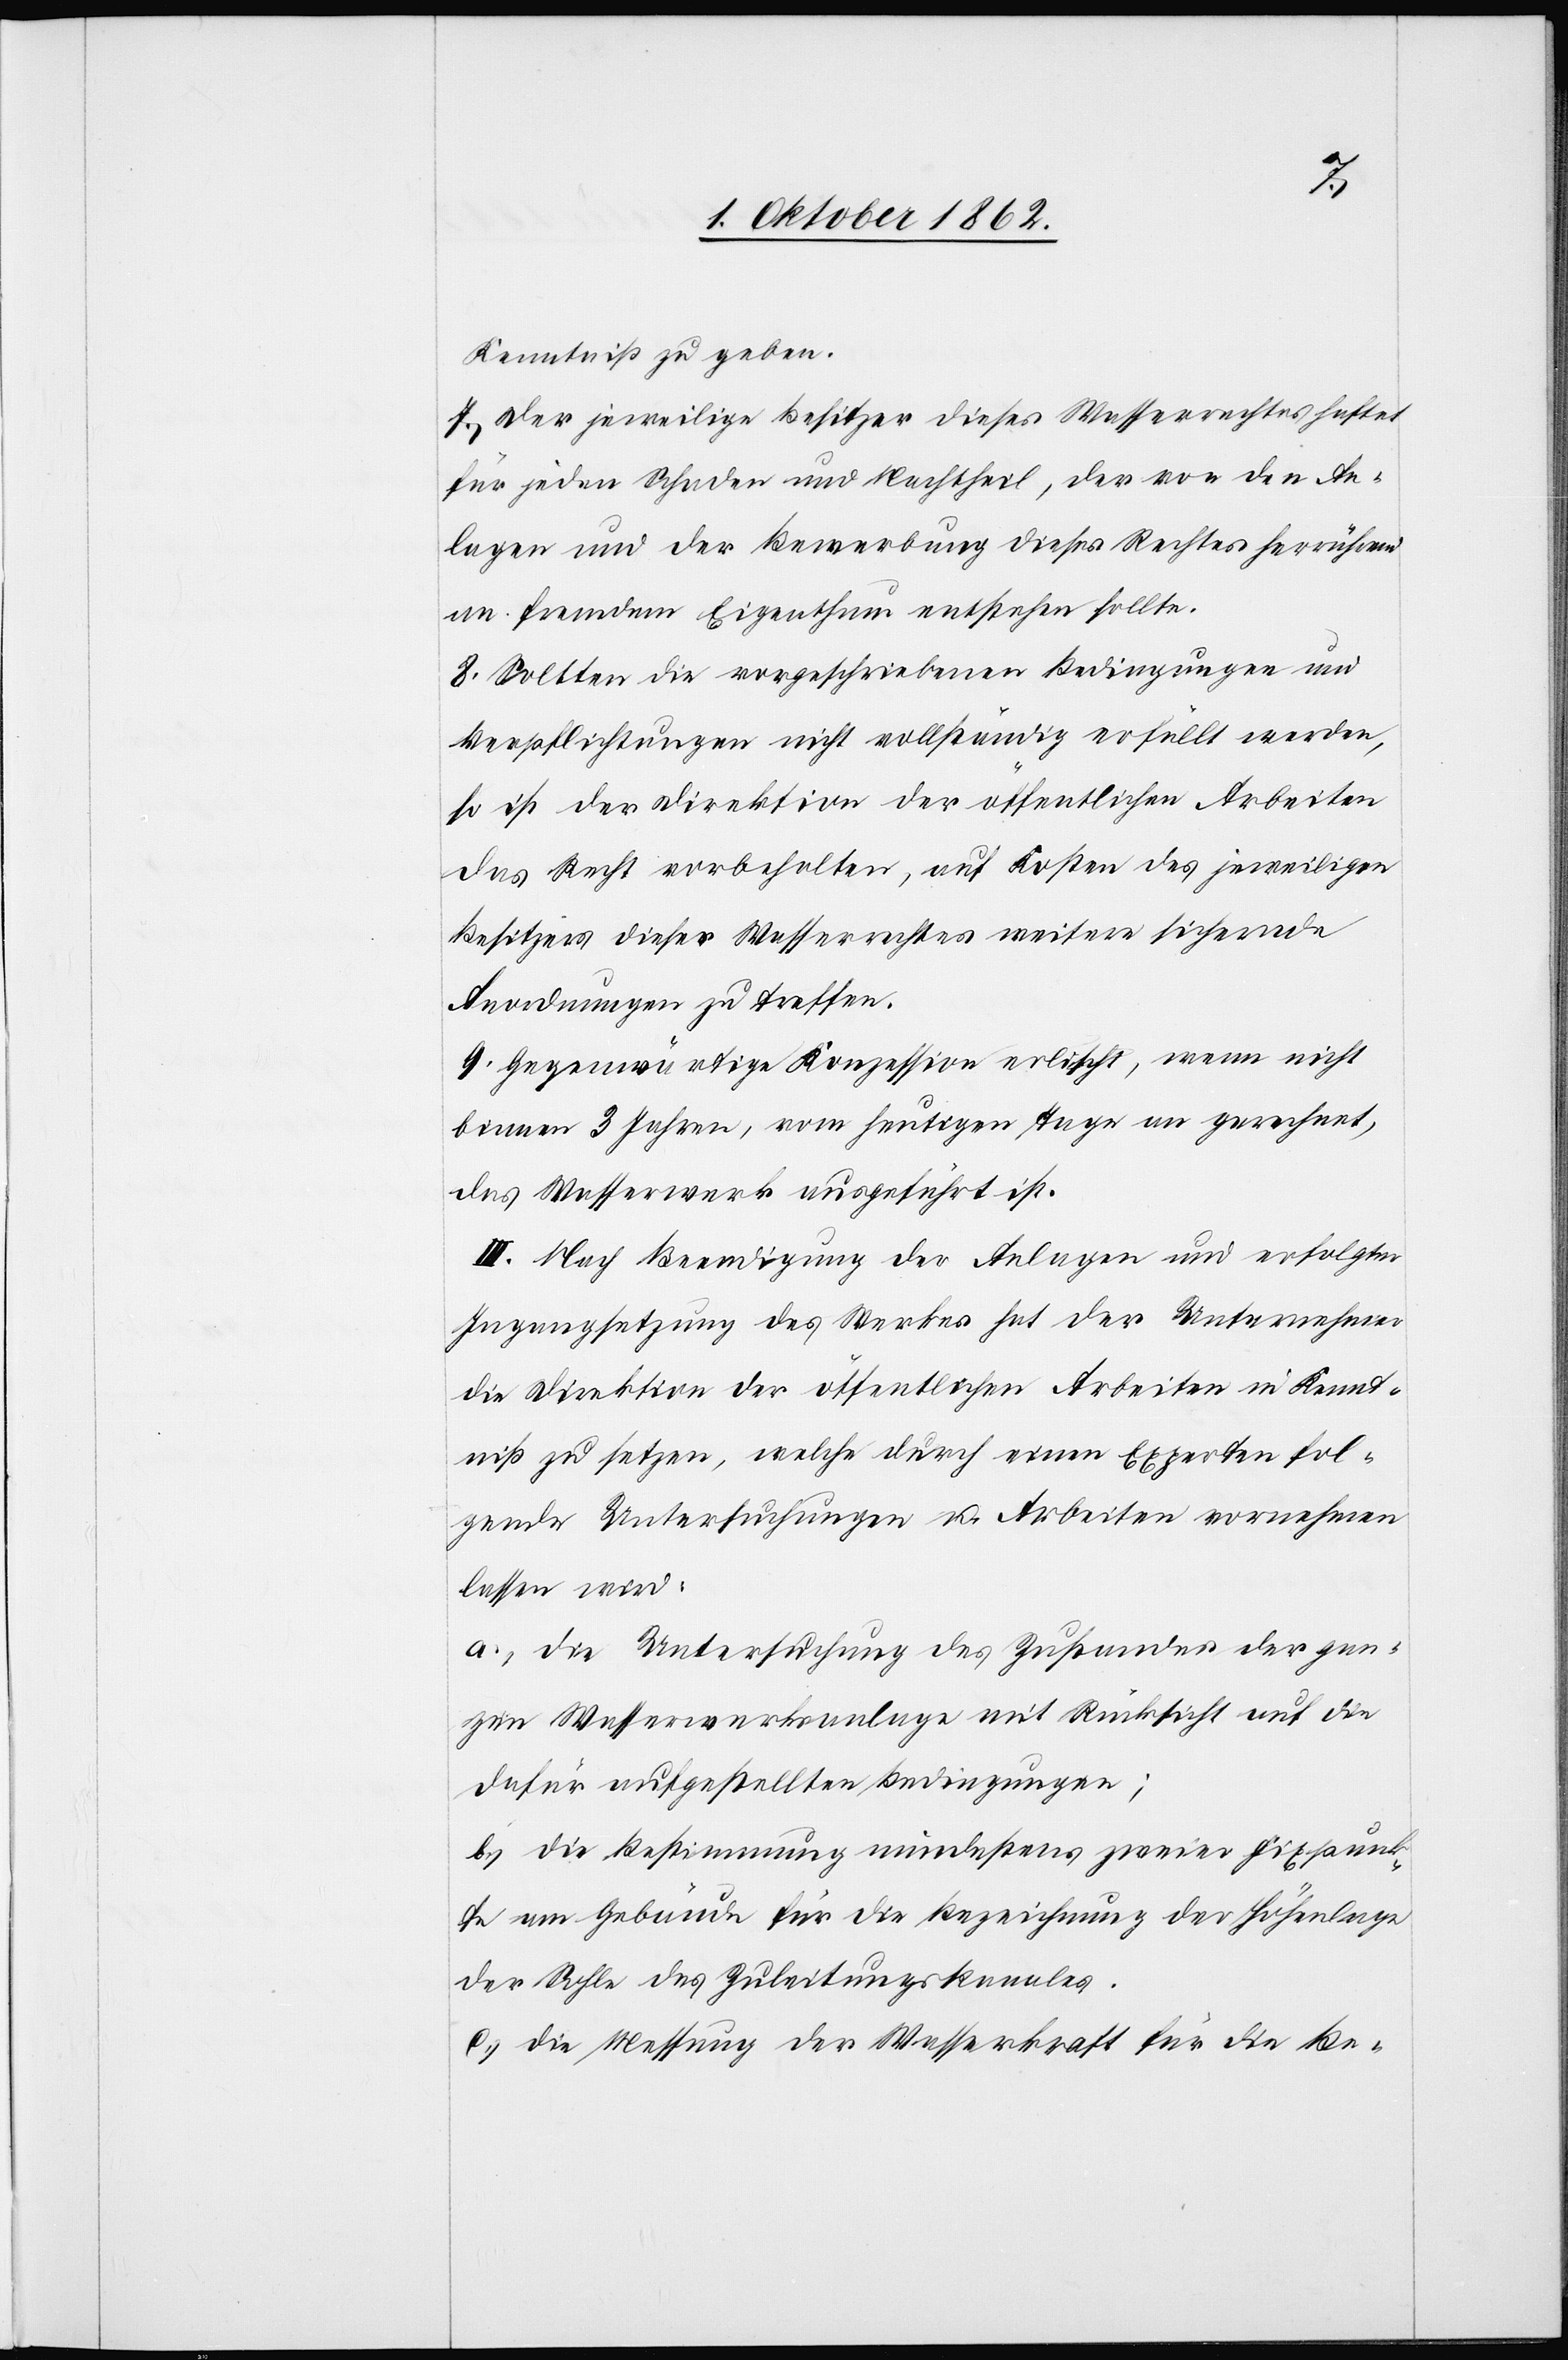
Kenntniß zu geben.
7. Der jeweilige Besitzer dieses Wasserrechtes haftet
für jeden Schaden und Nachtheil, der von den An¬
lagen und der Bewerbung dieses Rechtes herrührend
an fremdem Eigenthum entstehen sollte.
8. Sollten die vorgeschriebenen Bedingungen und
Verpflichtungen nicht vollständig erfüllt werden,
so ist der Direktion der öffentlichen Arbeiten
das Recht vorbehalten, auf Kosten des jeweiligen
Besitzers dieses Wasserrechtes weitere sichernde
Anordnungen zu treffen.
9. Gegenwärtige Konzession erlischt, wenn nicht
binnen 3 Jahren, vom heutigen Tage an gerechnet,
das Wasserwerk ausgeführt ist.
III. Nach Beendigung der Anlagen und erfolgter
Ingangsetzung des Werkes hat der Unternehmer
die Direktion der öffentlichen Arbeiten in Kennt¬
niß zu setzen, welche durch einen Experten fol¬
gende Untersuchungen u. Arbeiten vornehmen
lassen wird:
a. Die Untersuchung des Zustandes der gan¬
zen Wasserwerksanlage mit Rücksicht auf die
dafür aufgestellten Bedingungen;
b. Die Bestimmung mindestens zweier Fixpunk¬
te am Gebäude für die Bezeichnung der Höhenlage
der Sohle des Zuleitungskanales.
c. Die Messung der Wasserkraft für die Be-